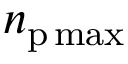
n _ { \mathrm { p } \operatorname* { m a x } }